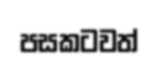
පසකටවත්